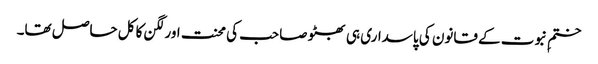
ختمِ نبوت کے قانون کی پاسداری ہی بھٹو صاحب کی محنت اور لگن کا کل حاصل تھا۔